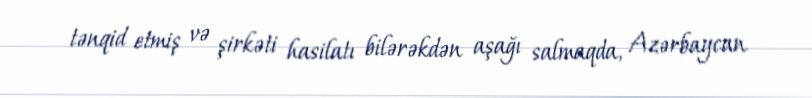
tənqid etmiş və şirkəti hasilatı bilərəkdən aşağı salmaqda, Azərbaycan